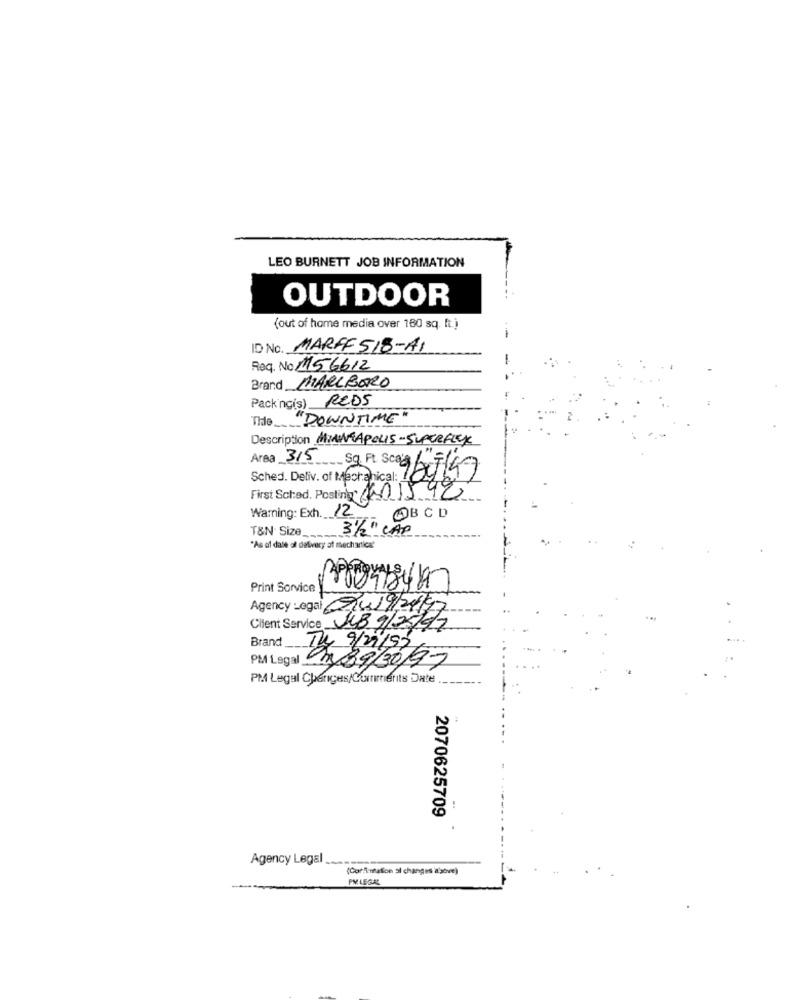
LEO BURNETT JOB INFORMATION
OUTDOOR
(out of home media over 180 sq. t.)
ID No. MARFF 518-A1
Req. No. 1156612
Brand MARLBORO
Packing(s) REDS
The
"DOWNTIME"
Description MINNEAPOLIS-SUPERFLEX
Area 315 Sq. Ft. Sca'a
Sched. Detiv. of Mechanical:
First Sched. Posting: #001598
Warning: Exh. 12
ABCD
T&N Size_
31/2" CAP
"As of date of delivery of mechanical
Print Sorvice
Agency:egal 94/9/20197
Client Service JB9/2/92
Brand
PMA Legal 3 39/30/9
Tu 9/2/22/17
PM Legul Cheriges/Comments Date
2070625709
Agency Legal
(Coriimation si changes s'sove)
PY LEGAL